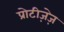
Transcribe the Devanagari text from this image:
प्रोटीज़ेज़